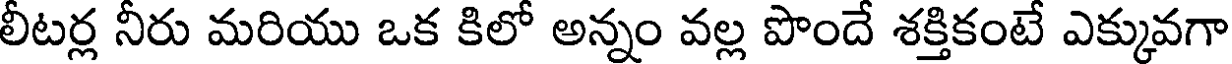
లీటర్ల నీరు మరియు ఒక కిలో అన్నం వల్ల పొందే శక్తికంటే ఎక్కువగా